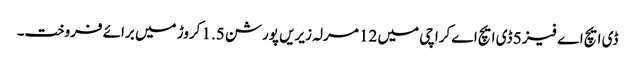
ڈی ایچ اے فیز 5 ڈی ایچ اے کراچی میں 12 مرلہ زیریں پورشن 1.5 کروڑ میں برائے فروخت۔